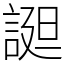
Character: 𧩙